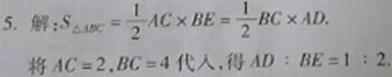
5. 解：$S_{\triangle ABC}=\frac{1}{2}AC\times BE=\frac{1}{2}BC\times AD.$
将$AC = 2,BC = 4$代入，得$AD:BE = 1:2.$